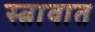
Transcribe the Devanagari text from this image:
स्त्रावात